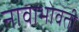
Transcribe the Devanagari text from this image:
नावाभोवती